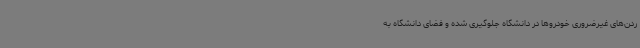
ردن‌های غیرضروری خودروها در دانشگاه جلوگیری شده و فضای دانشگاه به